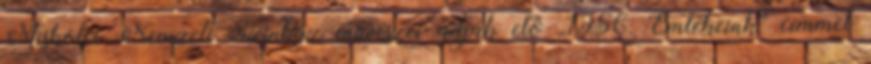
Miskolci Nemzeti Színház művészei adják elő „1956. Emlékeink” címmel